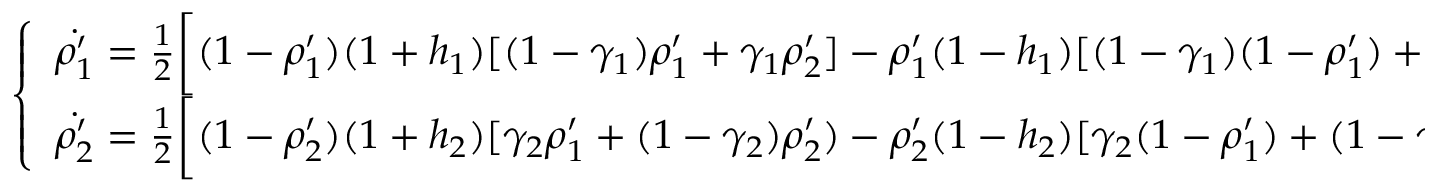
\left\{ \begin{array} { l l } { \dot { \rho _ { 1 } ^ { \prime } } = \frac { 1 } { 2 } \bigg [ ( 1 - \rho _ { 1 } ^ { \prime } ) ( 1 + h _ { 1 } ) [ ( 1 - \gamma _ { 1 } ) \rho _ { 1 } ^ { \prime } + \gamma _ { 1 } \rho _ { 2 } ^ { \prime } ] - \rho _ { 1 } ^ { \prime } ( 1 - h _ { 1 } ) [ ( 1 - \gamma _ { 1 } ) ( 1 - \rho _ { 1 } ^ { \prime } ) + \gamma _ { 1 } ( 1 - \rho _ { 2 } ^ { \prime } ) ] \bigg ] } \\ { \dot { \rho _ { 2 } ^ { \prime } } = \frac { 1 } { 2 } \bigg [ ( 1 - \rho _ { 2 } ^ { \prime } ) ( 1 + h _ { 2 } ) [ \gamma _ { 2 } \rho _ { 1 } ^ { \prime } + ( 1 - \gamma _ { 2 } ) \rho _ { 2 } ^ { \prime } ) - \rho _ { 2 } ^ { \prime } ( 1 - h _ { 2 } ) [ \gamma _ { 2 } ( 1 - \rho _ { 1 } ^ { \prime } ) + ( 1 - \gamma _ { 2 } ) ( 1 - \rho _ { 2 } ^ { \prime } ) ] \bigg ] } \end{array} \right.